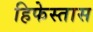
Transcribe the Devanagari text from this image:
हिफेस्तास